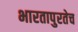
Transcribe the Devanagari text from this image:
भारतापुरतेच